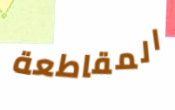
المقاطعة